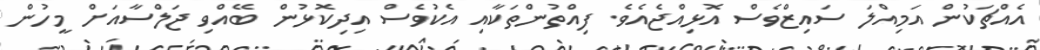
އެއްޗަކުން އަމިއްލަ ސައިޒްވެސް އޮޅިއްޖެއެވެ. ފިއްތުންތަކާއި އެކުވެސް އިދިކޮޅުން ބޭއްވި ޖަލްސާއަށް މީހުން